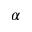
\alpha